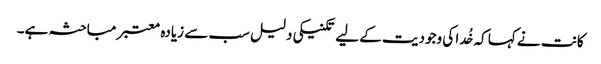
کانت نے کہا کہ خُدا کی وجودیت کے لیے تکنیکی دلیل سب سے زیادہ معتبر مباحثہ ہے۔